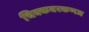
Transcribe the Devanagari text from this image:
चिक्कवरकणज